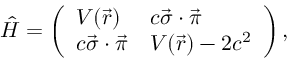
\hat { H } = \left( \begin{array} { l l } { V ( \vec { r } ) } & { c \vec { \sigma } \cdot \vec { \pi } } \\ { c \vec { \sigma } \cdot \vec { \pi } } & { V ( \vec { r } ) - 2 c ^ { 2 } } \end{array} \right) ,